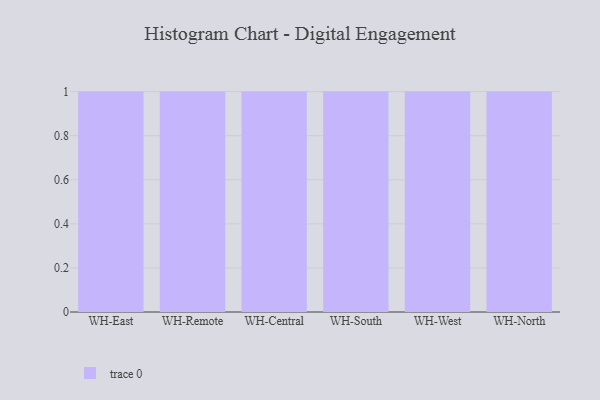
{"axis": {"x": "Warehouse", "y": "Population (Million)"}, "legend": [""], "data": [{"x": "WH-East", "y": 51, "type": ""}, {"x": "WH-Remote", "y": 46, "type": ""}, {"x": "WH-Central", "y": 12, "type": ""}, {"x": "WH-South", "y": 60, "type": ""}, {"x": "WH-West", "y": 76, "type": ""}, {"x": "WH-North", "y": 95, "type": ""}]}